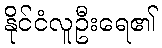
နိုင်ငံလူဦးရေ၏